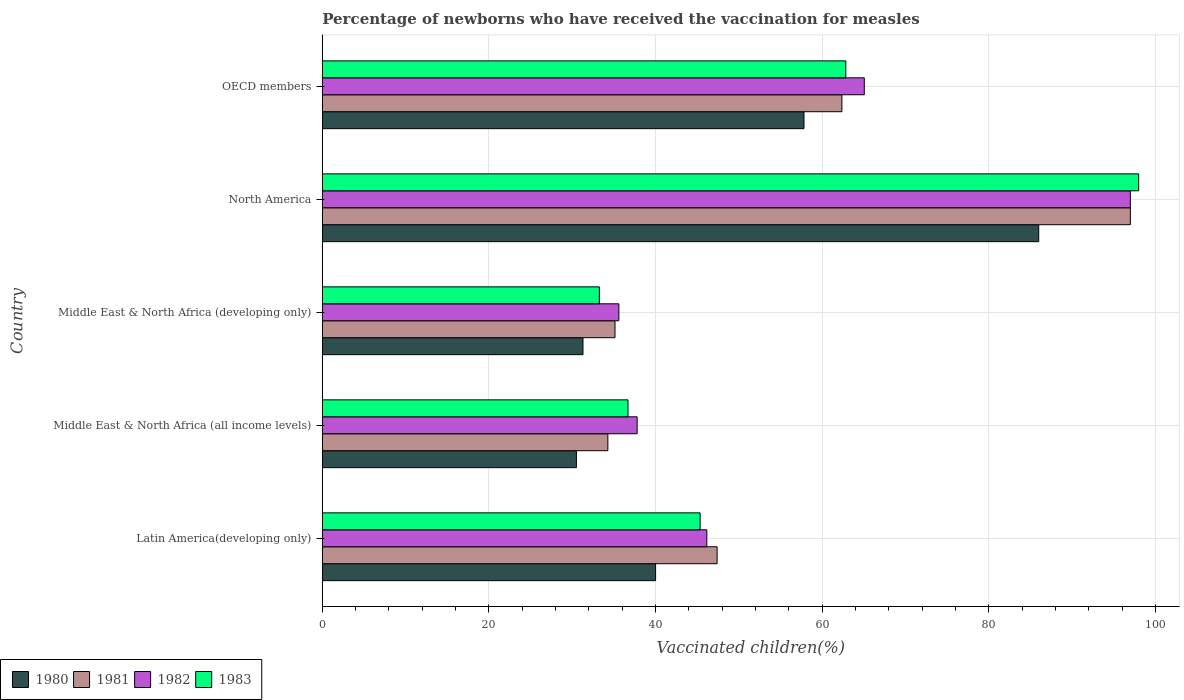
| Country | 1980 | 1981 | 1982 | 1983 |
 | --- | --- | --- | --- | --- |
 | Latin America(developing only) | 40 | 47.4 | 46.2 | 45.4 |
 | Middle East & North Africa (all income levels) | 30.5 | 34.3 | 37.8 | 36.7 |
 | Middle East & North Africa (developing only) | 31.3 | 35.1 | 35.6 | 33.3 |
 | North America | 86 | 97 | 97 | 98 |
 | OECD members | 57.8 | 62.4 | 65.1 | 62.8 |